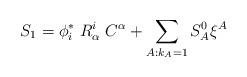
LaTeX: \begin{align*}S_1= \phi^*_i\;R^i_{\alpha}\;C^{\alpha} +\sum_{A:k_A=1}S_A^0\xi^A\end{align*}